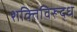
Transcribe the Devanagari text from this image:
शक्तिविरूद्ध